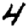
Digit: 4